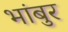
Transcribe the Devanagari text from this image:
भांबुर